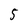
Character: 5